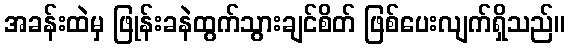
အခန်းထဲမှ ဖြုန်းခနဲထွက်သွားချင်စိတ် ဖြစ်ပေးလျက်ရှိသည်။